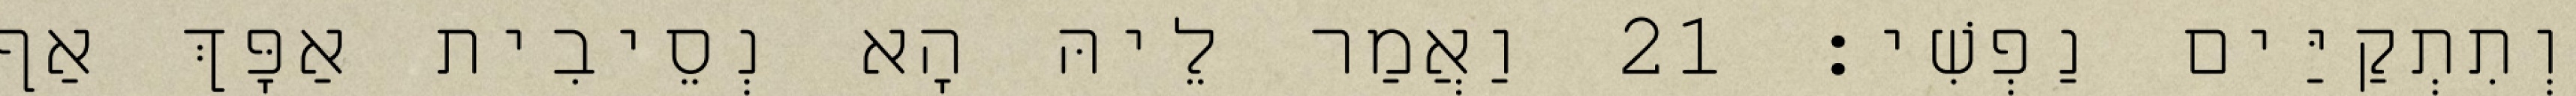
וְתִתְקַיַּים נַפְשִׁי׃ 21 וַאֲמַר לֵיהּ הָא נְסֵיבִית אַפָּךְ אַף